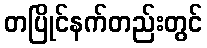
တပြိုင်နက်တည်းတွင်